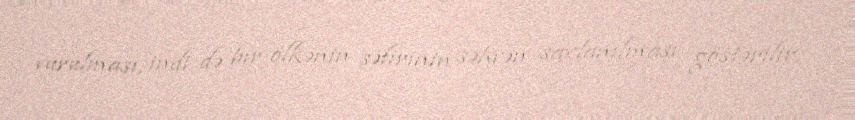
vurulması, indi də bir ölkənin səfirinin səhvən saxlanılması göstərilir.